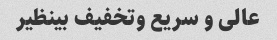
عالی و سریع و‌تخفیف بینظیر